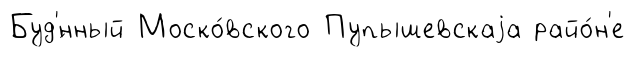
Буд'́нный Моско́вского Пупышевскаjа райо́н'е